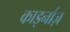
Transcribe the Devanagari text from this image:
कार्ड्नाज़